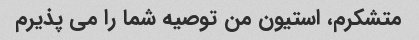
متشکرم، استیون من توصیه شما را می پذیرم